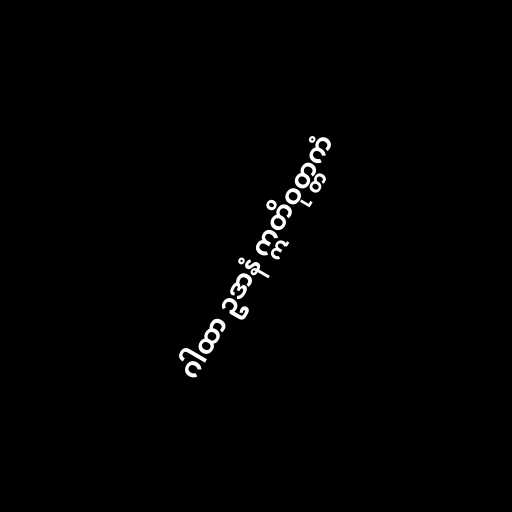
ဂါထာ ဥဒာနံ ဣတိဝုတ္တကံ